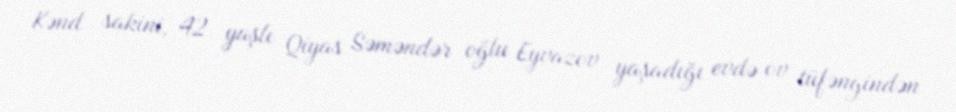
Kənd sakini, 42 yaşlı Qiyas Səməndər oğlu Eyvazov yaşadığı evdə ov tüfəngindən